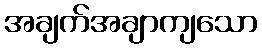
အချက်အချာကျသော